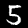
Digit: 5